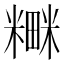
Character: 𮵼